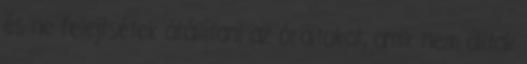
és ne felejtsétek átállítani az óráitokat, amik nem álltak